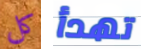
كل تهدأ